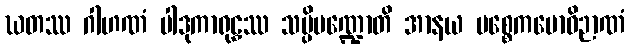
ဃတဿ ဂါဟဏံ ပါဒုကာရုဠှဿ သပ္ပိမဏ္ဍောတိ အာနယ ပစ္စေကဗောဓိဉာဏံ